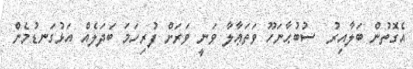
އެގޮތުން ބަލާއިރު  ސުބުޙާނަހޫ ވަތަޢާލާ ވަނީ ވަރަށް ފުރިހަމަ ބަދަލެއް އަޅުގަނޑުމެން